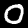
Label: 0